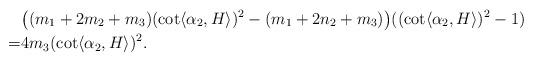
LaTeX: \begin{align*} &\big( (m_{1}+2m_{2}+m_{3}) (\cot \langle \alpha_{2} , H\rangle )^{2}-(m_{1}+2n_{2}+m_{3})\big) ((\cot \langle \alpha_{2} , H\rangle )^{2}-1)\\=& 4m_{3}(\cot \langle \alpha_{2} , H\rangle )^{2}.\end{align*}